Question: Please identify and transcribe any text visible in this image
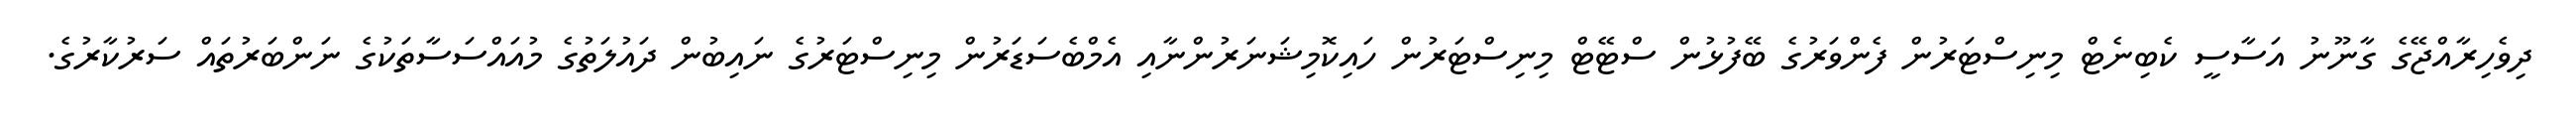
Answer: ދިވެހިރާއްޖޭގެ ގާނޫނު އަސާސީ ކެބިނެޓް މިނިސްޓަރުން ފެންވަރުގެ ބޭފުޅުން ސްޓޭޓް މިނިސްޓަރުން ހައިކޮމިޝަނަރުންނާއި އެމްބެސަޑަރުން މިނިސްޓަރުގެ ނައިބުން ދައުލަތުގެ މުއައްސަސާތަކުގެ ނަންބަރުތައް ސަރުކާރުގެ.